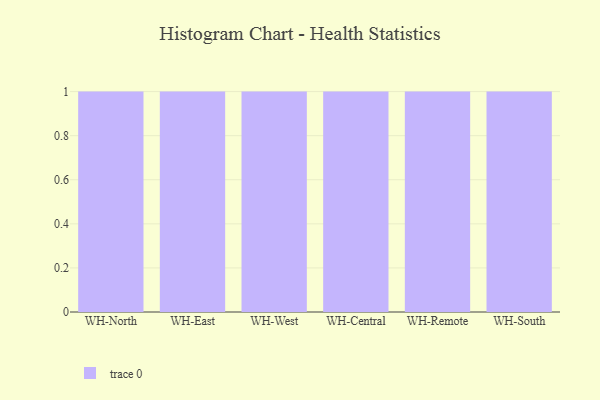
{"axis": {"x": "Warehouse", "y": "Churn Rate (%)"}, "legend": [""], "data": [{"x": "WH-North", "y": 86, "type": ""}, {"x": "WH-East", "y": 40, "type": ""}, {"x": "WH-West", "y": 15, "type": ""}, {"x": "WH-Central", "y": 27, "type": ""}, {"x": "WH-Remote", "y": 85, "type": ""}, {"x": "WH-South", "y": 9, "type": ""}]}